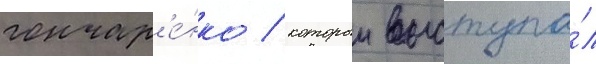
гончар'е́нко / которыи выступа́л